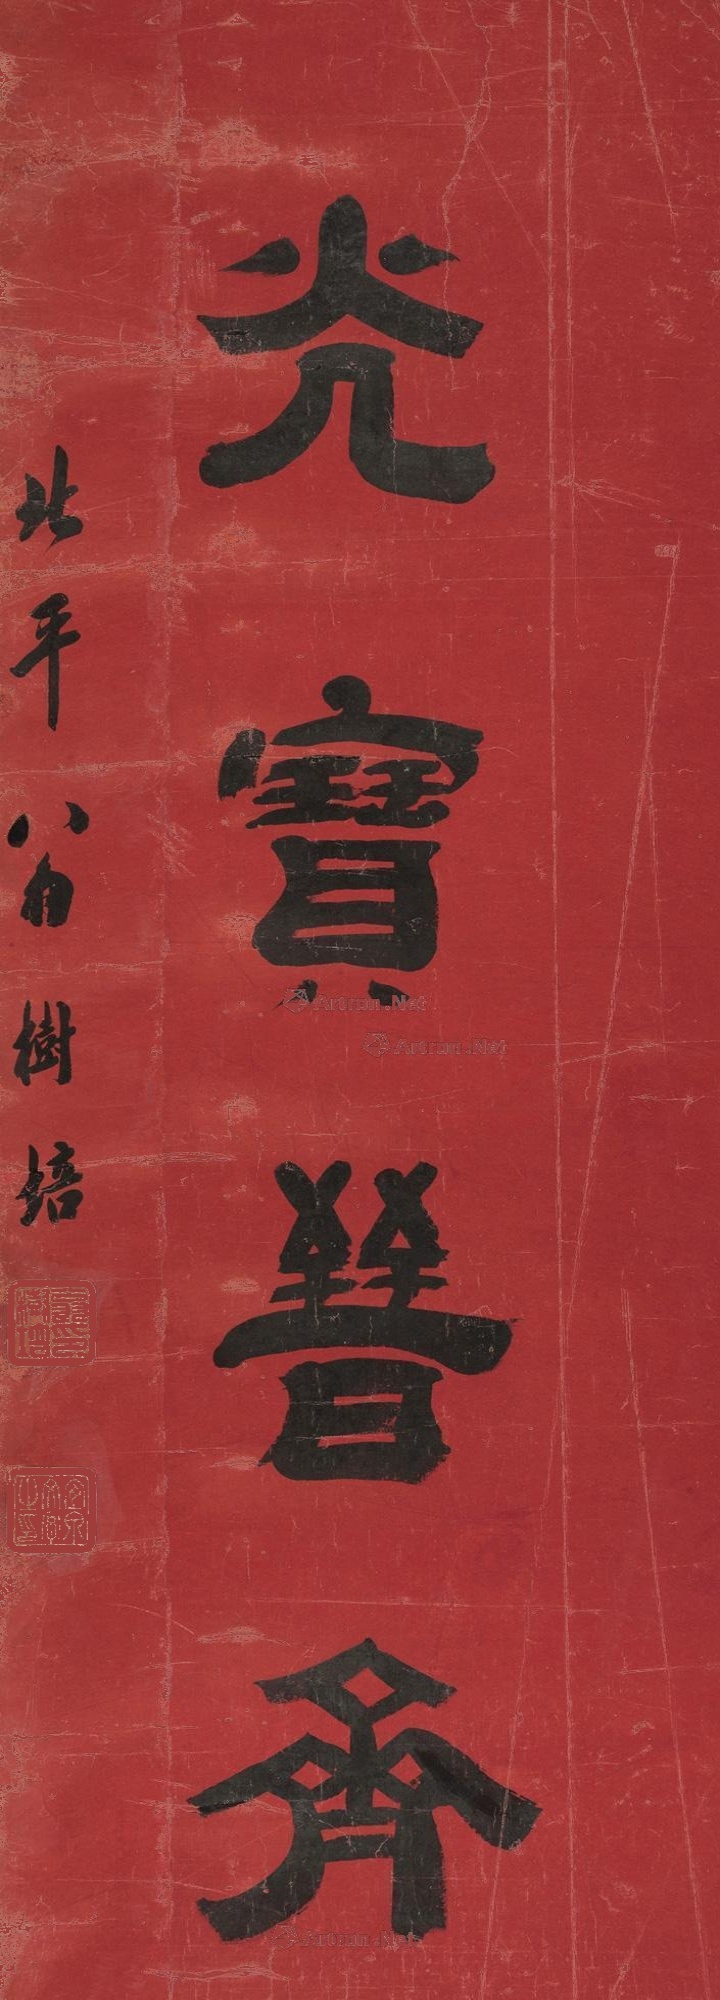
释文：光宝晋斋。北平翁树培。